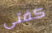
كفتى